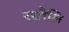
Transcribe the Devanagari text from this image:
रसौलि